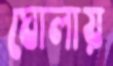
ঘোলায়